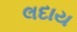
લદાય